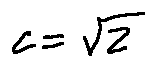
c = \sqrt { 2 }